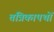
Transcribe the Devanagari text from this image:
तंत्रिकापथों